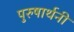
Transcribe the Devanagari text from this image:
पुरुषार्थनी